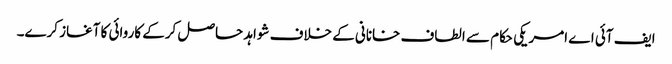
ایف آئی اے امریکی حکام سے الطاف خانانی کے خلاف شواہد حاصل کرکے کاروائی کا آغاز کرے۔